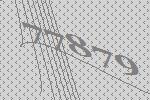
77879